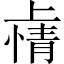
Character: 𫠽